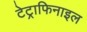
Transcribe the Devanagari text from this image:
टेट्राफिनाइल